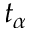
t _ { \alpha }